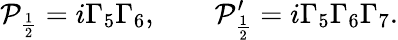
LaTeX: \mathcal{P}_{\frac{1}{2}}=i\Gamma_{5}\Gamma_{6},\qquad\mathcal{P}_{\frac{1}{2}}^{\prime}=i\Gamma_{5}\Gamma_{6}\Gamma_{7}.